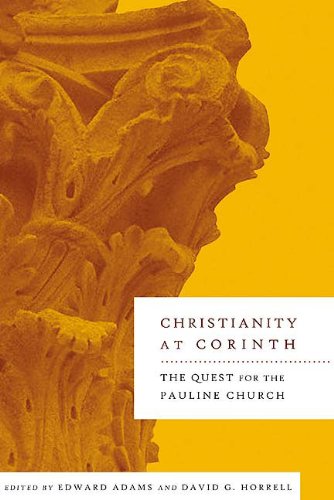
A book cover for Christianity at Corinth: The Quest for the Pauline Church; Religion & Spirituality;